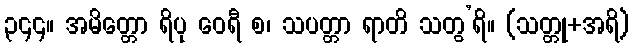
၃၄၄။ အမိတ္တော ရိပု ဝေရီ စ၊ သပတ္တာ ရာတိ သတွ’ရိ။ (သတ္တု+အရိ)